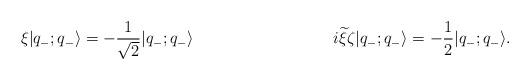
LaTeX: \begin{align*}\xi|q_-;q_- \rangle=-\frac{1}{\sqrt{2}}|q_-;q_- \rangle\hspace{1.4in}i{\widetilde \xi}\zeta|q_-;q_- \rangle=-\frac{1}{2}|q_-;q_- \rangle.\end{align*}